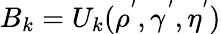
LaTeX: B_{k}=U_{k}(\rho^{'},\gamma^{'},\eta^{'})